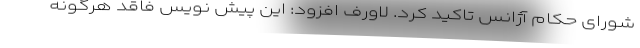
شورای حکام آژانس تاکید کرد. لاورف افزود: این پیش نویس فاقد هرگونه